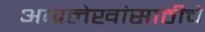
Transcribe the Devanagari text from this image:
अग्रलेखांसाठीचे